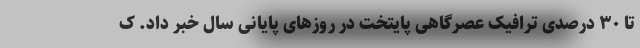
تا ۳۰ درصدی ترافیک عصرگاهی پایتخت در روزهای پایانی سال خبر داد. ک